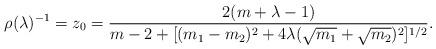
LaTeX: \begin{align*} \rho(\lambda)^{-1} = z_0 = \frac{2(m+\lambda-1)}{m-2 + [ (m_1 - m_2)^2 + 4 \lambda ( \sqrt{m_1} + \sqrt{m_2} )^2 ]^{1/2}}.\end{align*}